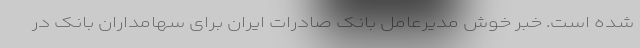
شده است. خبر خوش مدیرعامل بانک صادرات ایران برای سهامداران بانک در